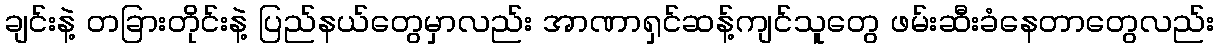
ချင်းနဲ့ တခြားတိုင်းနဲ့ ပြည်နယ်တွေမှာလည်း အာဏာရှင်ဆန့်ကျင်သူတွေ ဖမ်းဆီးခံနေတာတွေလည်း